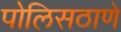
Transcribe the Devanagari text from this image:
पोलिसठाणे